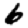
Digit: 6